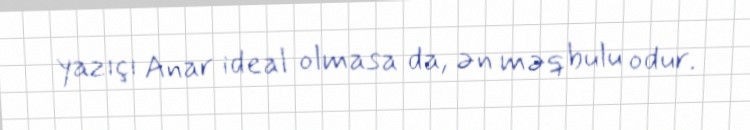
yazıçı Anar ideal olmasa da, ən məqbulu odur.